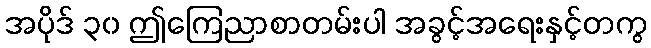
အပိုဒ် ၃၀ ဤကြေညာစာတမ်းပါ အခွင့်အရေးနှင့်တကွ